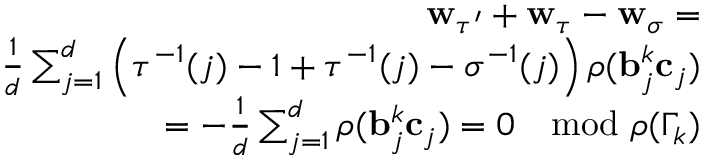
\begin{array} { r } { \mathbf { w } _ { \tau ^ { \prime } } + \mathbf { w } _ { \tau } - \mathbf { w } _ { \sigma } = } \\ { \frac { 1 } { d } \sum _ { j = 1 } ^ { d } \left( \tau ^ { - 1 } ( j ) - 1 + \tau ^ { - 1 } ( j ) - \sigma ^ { - 1 } ( j ) \right) \rho ( \mathbf { b } _ { j } ^ { k } \mathbf { c } _ { j } ) } \\ { = - \frac { 1 } { d } \sum _ { j = 1 } ^ { d } \rho ( \mathbf { b } _ { j } ^ { k } \mathbf { c } _ { j } ) = 0 \mod \rho ( \Gamma _ { k } ) } \end{array}